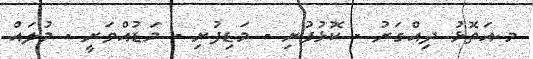
މ.އަތޮޅު ދިއްގަރު - ކޮޅުފުށި - މަޑިފުށި - މަޑުއްވަރީ - މުލައް